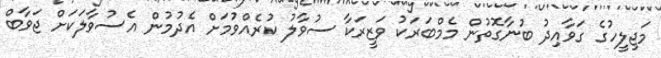
މަޖިލީހުގެ ގަވާއިދު ބުނާގޮތުން މެމްބަރަކު ވަޒީރަކާ ސުވާލު ކުރެއްވުމަށް އެދުމުން އެސުވާލަކަށް ޖަވާބް